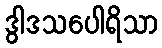
ဒွါဒသပေါရိသာ